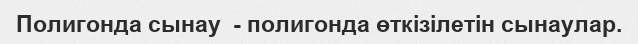
Полигонда сынау  - полигонда өткізілетін сынаулар.